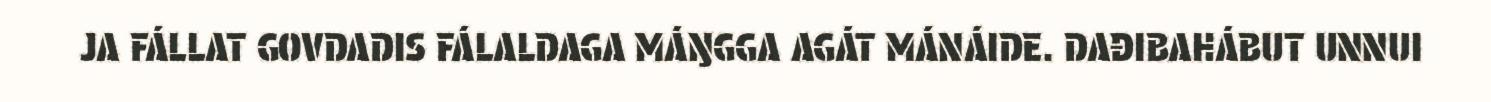
JA FÁLLAT GOVDADIS FÁLALDAGA MÁŊGGA AGÁT MÁNÁIDE. DAĐIBAHÁBUT UNNUI